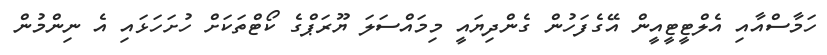
ހަމާސްއާއި އެލްޓީޓީއީން އޭގެފަހުން ގެންދިޔައީ މިމައްސަލަ ޔޫރަޕްގެ ކޯޓްތަކަށް ހުށަހަޅައި އެ ނިންމުން